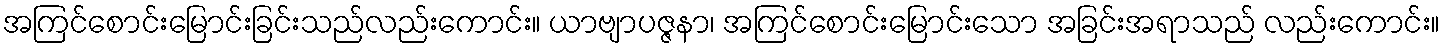
အကြင်စောင်းမြောင်းခြင်းသည်လည်းကောင်း။ ယာဗျာပဇ္ဇနာ၊ အကြင်စောင်းမြောင်းသော အခြင်းအရာသည် လည်းကောင်း။